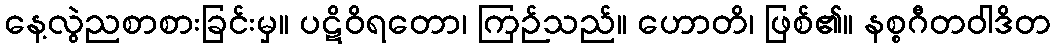
နေ့လွဲညစာစားခြင်းမှ။ ပဋိဝိရတော၊ ကြဉ်သည်။ ဟောတိ၊ ဖြစ်၏။ နစ္စဂီတဝါဒိတ